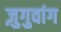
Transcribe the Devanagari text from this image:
ज़ुगुवांग